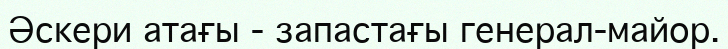
Әскери атағы - запастағы генерал-майор.